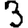
Digit: 3